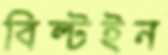
বিল্টইন